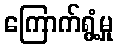
ကြောက်ရွံ့မှု